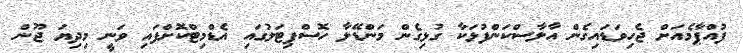
ފުއްޕާމެއަށް ޖެހިވަޑައިގެން އާލާސްކަންފުޅަކާ ގުޅިގެން މަންޑޭލާ ހޮސްޕިޓަލުގައި އެޑްމިޓްކޮށްފައި ވަނީ މިދިޔަ ޖޫން